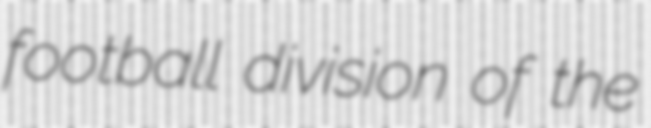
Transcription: football division of the